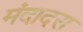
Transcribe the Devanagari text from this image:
मंदादरा